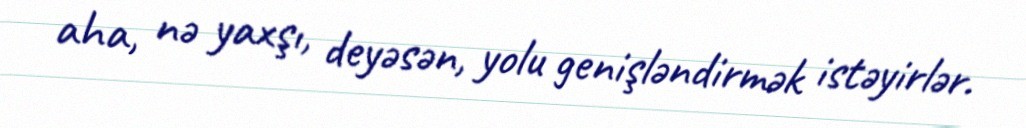
aha, nə yaxşı, deyəsən, yolu genişləndirmək istəyirlər.